Indian journal of veterinary science and animal husbandry - Volume 14,
Year: 1944
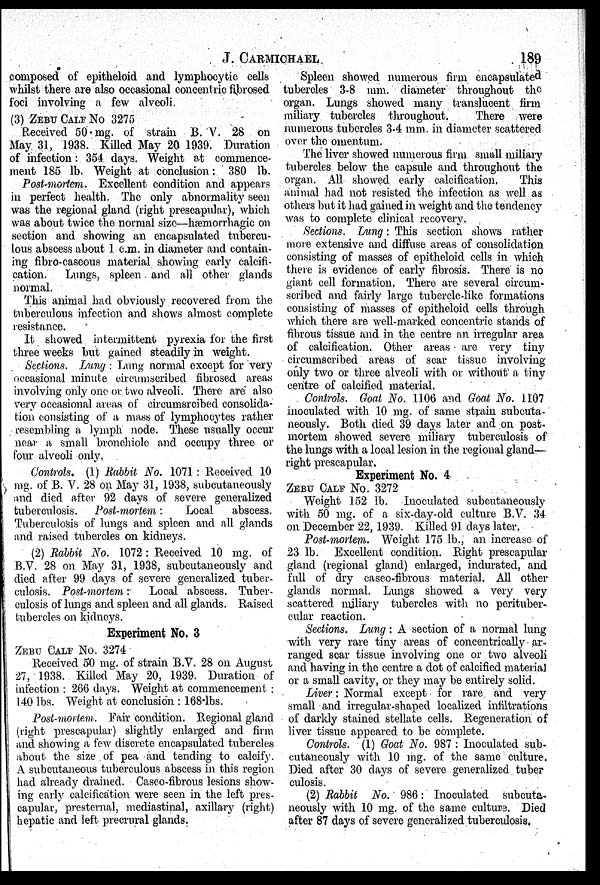
J.
CARMICHAEL
189
composed of epitheloid and lymphocytic cells
whilst there are also occasional concentric fibrosed
foci involving a few alveoli.
(3) ZEBU CALF NO. 3275
Received 50 mg. of strain B. V. 28 on
May 31, 1938. Killed May 20 1939. Duration
of infection: 354 days. Weight at commence-
ment 185 lb. Weight at conclusion: 380 lb.
Post-mortem. Excellent condition and appears
in perfect health. The only abnormality seen
was the regional gland (right prescapular), which
was about twice the normal size—hæmorrhagic on
section and showing an encapsulated tubercu-
-ous abscess about 1 c.m. in diameter and contain-
ing fibro-caseous material showing early calcifi-
cation. Lungs, spleen and all other glands
normal.
This animal had obviously recovered from the
tuberculous infection and shows almost complete
resistance.
It showed intermittent pyrexia for the first
three weeks but gained steadily in weight.
Sections. Lung: Lung normal except for very
occasional minute circumscribed fibrosed areas
involving only one or two alveoli. There are also
very occasional areas of circumsrcibed consolida-
tion consisting of a mass of lymphocytes rather
resembling a lymph node. These usually occur
near a small bronchiole and occupy three or
four alveoli only.
Controls. (1) Rabbit No. 1071: Received 10
mg. of B. V. 28 on May 31, 1938, subcutaneously
and died after 92 days of severe generalized
tuberculosis. Post-mortem:
Local abscess.
Tuberculosis of lungs and spleen and all glands
and raised tubercles on kidneys.
(2) Rabbit No. 1072 : Received 10 mg. of
B.V. 28 on May 31, 1938, subcutaneously and
died after 99 days of severe generalized tuber-
culosis. Post-mortem: Local abscess. Tuber-
culosis of lungs and spleen and all glands. Raised
tubercles on kidneys.
Experiment No. 3
ZEBU CALF NO. 3274
Received 50 mg. of strain B.V. 28 on August
27, 1938. Killed May 20, 1939. Duration of
infection: 266 days. Weight at commencement:
140 lbs. Weight at conclusion : 168 lbs.
Post-mortem. Fair condition. Regional gland
(right prescapular) slightly enlarged and firm
and showing a few discrete encapsulated tubercles
about the size of pea and tending to calcify.
A subcutaneous tuberculous abscess in this region
had already drained. Caseo-fibrous lesions show-
ing early calcification were seen in the left pres-
capular, presternal, mediastinal, axillary (right)
hepatic and left precrural glands.
Spleen showed numerous firm encapsulated
tubercles 3.8 mm. diameter throughout the
organ. Lungs showed many translucent firm
miliary tubercles throughout.
There were
numerous tubercles 3-4 mm. in diameter scattered
over the omentum.
The liver showed numerous firm small miliary
tubercles below the capsule and throughout the
organ. All showed early calcification.
This
animal had not resisted the infection as well as
others but it had gained in weight and the tendency
was to complete clinical recovery.
Sections. Lung: This section shows rather
more extensive and diffuse areas of consolidation
consisting of masses of epitheloid cells in which
there is evidence of early fibrosis. There is no
giant cell formation. There are several circum-
scribed and fairly large tubercle-like formations
consisting of masses of epitheloid cells through
which there are well-marked concentric stands of
fibrous tissue and in the centre an irregular area
of calcification. Other areas are very tiny
circumscribed areas of scar tissue involving
only two or three alveoli with or without a tiny
centre of calcified material.
Controls. Goat No. 1106 and Goat No. 1107
inoculated with 10 mg. of same strain subcuta-
neously. Both died 39 days later and on post-
mortem showed severe miliary tuberculosis of
the lungs with a local lesion in the regional gland—
right prescapular.
Experiment No. 4
ZEBU CALF NO. 3272
Weight 152 lb. Inoculated subcutaneously
with 50 mg. of a six-day-old culture B.V. 34
on December 22, 1939. Killed 91 days later.
Post-mortem. Weight 175 lb., an increase of
23 lb. Excellent condition. Right prescapular
gland (regional gland) enlarged, indurated, and
full of dry caseo-fibrous material. All other
glands normal. Lungs showed a very very
scattered miliary tubercles with no perituber-
cular reaction.
Sections. Lung: A section of a normal lung
with very rare tiny areas of concentrically ar-
ranged scar tissue involving one or two alveoli
and having in the centre a dot of calcified material
or a small cavity, or they may be entirely solid.
Liver: Normal except for rare and very
small and irregular-shaped localized infiltrations
of darkly stained stellate cells. Regeneration of
liver tissue appeared to be complete.
Controls. (1) Goat No. 987: Inoculated sub-
cutaneously with 10 mg. of the same culture.
Died after 30 days of severe generalized tuber
culosis.
(2) Rabbit No. 986: Inoculated subcuta-
neously with 10 mg. of the same culture. Died
after 87 days of severe generalized tuberculosis.